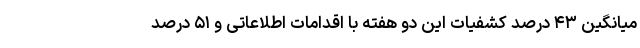
میانگین ۴۳ درصد کشفیات این دو هفته با اقدامات اطلاعاتی و ۵۱ درصد